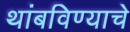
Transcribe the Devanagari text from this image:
थांबविण्याचे